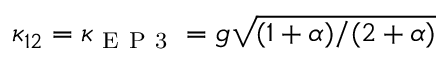
\kappa _ { 1 2 } = \kappa _ { \mathrm { ~ E ~ P ~ 3 ~ } } = g \sqrt { ( 1 + \alpha ) / ( 2 + \alpha ) }